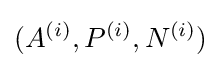
(A^{(i)},P^{(i)},N^{(i)})